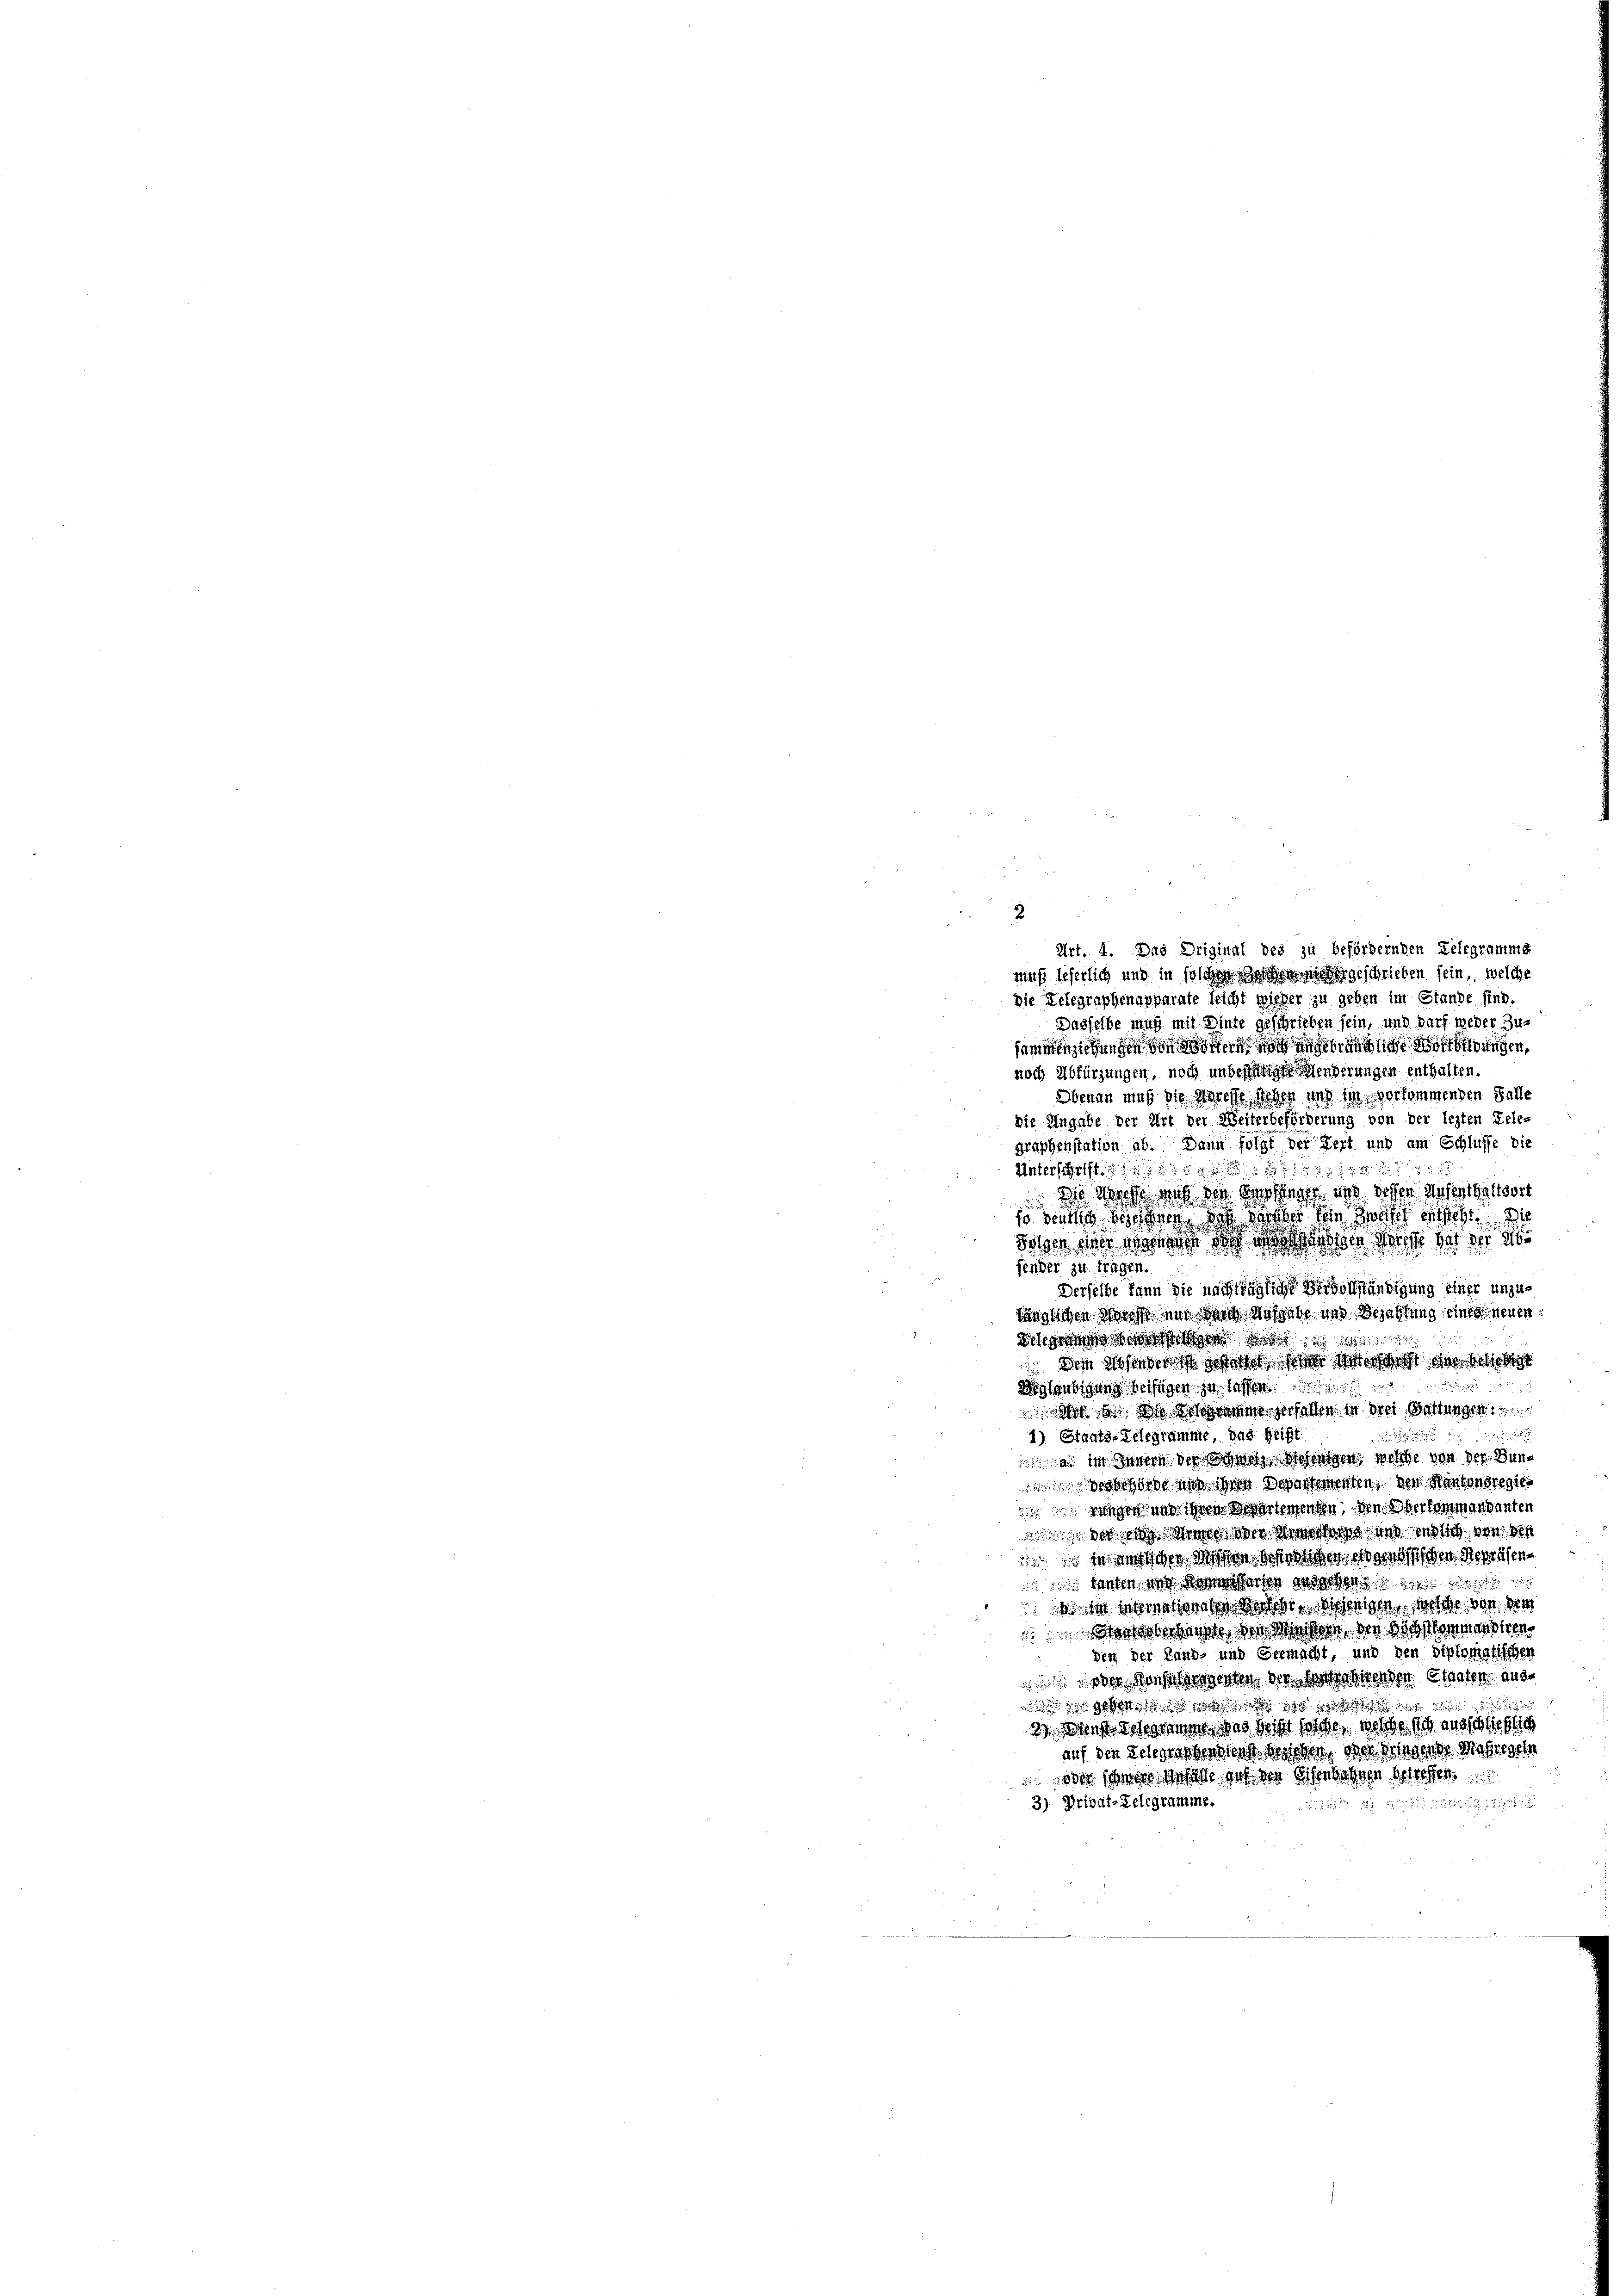
2

Art. 4. Das Original des zu befördernden Delegrammg
muß seherlich und in solchen Sachen sie geschrieben sein, welche
Die Telegraphenapparate leicht wieder zu geben im Stande sind.
Dasselbe muß mit Dinte geschrieben sein, und darf weder Zu-
semainsichend die noch gegen ungen,
noch Abfürzungen, noch unbestehenderungen enthalten.
Obenan muß die Meresse sehen und sie verkommenden Falle
die Angabe der Art der Weiterbeförderung von der lezten Dele-
graphenstation ab. Dann folgt der Fert und am Schlusse die
Unterschifft de
die Nacht und von Geschingen und dochen Wesenthaltsort
so seitig werden, daß weiler fein Zweifel entsteht. Die
daher die Wesen, das das hohen Recht der der die
fender zu tragen.
Derselbe kann die nachträgliche Vervollständigung einer unzulänglichen Wechst nur in Wassehe, und Bejahtung seines neuen
anstand die
 Die ansehe ich dort, so daselst de
Beglaubigung beifügen zu lassen

dr ds schon gefallen in drei Gattungen

1) Staats-Telegramme, das Grift
.
a im Innern der Schnorte Weigen welche von der Bun¬
1 wird an ihren Departementen, der Kantonsregier
dch so wegen und ihrer Wartementen, den Oberkommandanter
 der auch sehen die solche und endlich von 184
 ie nicht der ich den in geschen Repräsen
 guten aus dann erste anderben ha
 zentore bei Wochen, diejenigen welche von den
nhahn die Wahlen der Bestamensiren
den der Land- und Germacht, und den diplomatischen
 wie haben wahre, die Verehenden Staaten and
sie sehen. Das ich das gab es
2. Dans des gernen, das wicht solche, welche sich ausschließlich
auf den Schausserdent worden, so die Mehr seh
 oder ihnen Vorbille auf den Offenbahnen betreffen
3) Privat-Telegramme.
 2 x